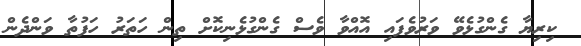
ކިރިޔާ ގެންގުޅެވޭ ވަރުވެފައި އޮއްވާ ވެސް ގެންގުޅެނިކޮށް ތިން ހަތަރު ހަފުތާ ވަންދެން